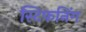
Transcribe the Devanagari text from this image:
स्टिफनिंग